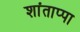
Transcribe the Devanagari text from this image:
शांताप्पा